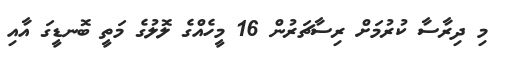
މި ދިރާސާ ކުރުމަށް ރިސާޗަރުން 16 މީހެއްގެ ލޮލުގެ މަތީ ބޮނޑީގަ އާއި